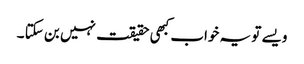
ویسے تو یہ خواب کبھی حقیقت نہیں بن سکتا ۔